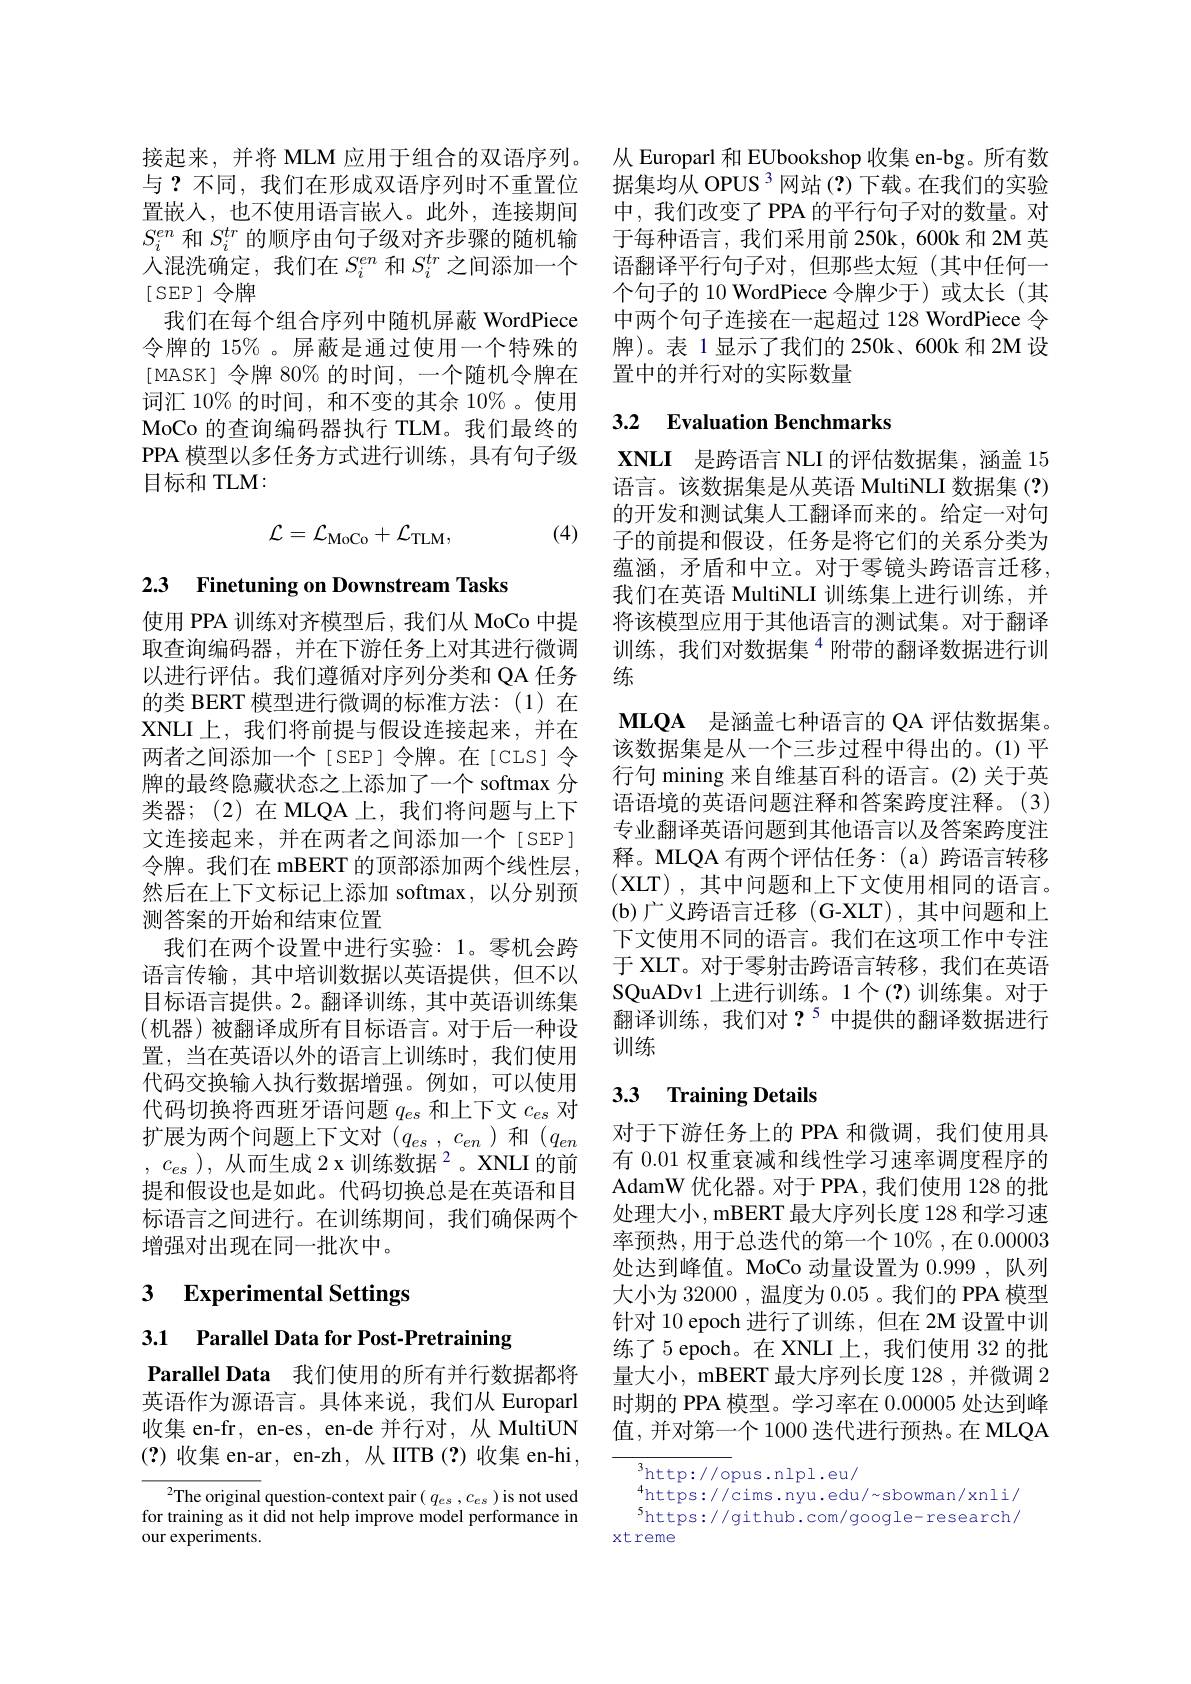
$S_{i}^{en}$和$S_i^{tr}$的顺序由句子级对齐步骤的随机输人混洗确定，我们在$S_i^{en}$和$S_i^{tr}$之间添加一个[ SEP ] 令牌
我们在每个组合序列中随机屏蔽 WordPiece 令牌的 15% 。屏蔽是通过使用一个特殊的[MASK] 令牌 80% 的时间，一个随机令牌在词汇 10% 的时间，和不变的其余 10% 。使用MoCo 的查询编码器执行 TLM。我们最终的PPA 模型以多任务方式进行训练，具有句子级目标和 TLM:
$$\mathcal{L}=\mathcal{L}_{\mathrm{MoCo}}+\mathcal{L}_{\mathrm{TLM}},$$
(4)

2.3 Finetuning on Downstream Tasks

使用 PPA 训练对齐模型后，我们从 MoCo 中提取查询编码器，并在下游任务上对其进行微调以进行评估。我们遵循对序列分类和 QA 任务的类 BERT 模型进行微调的标准方法：(1)在XNLI上，我们将前提与假设连接起来，并在两者之间添加一个[SEP]令牌。在[CLS]令牌的最终隐藏状态之上添加了一个 softmax 分类器；(2)在 MLQA上，我们将问题与上下文连接起来，并在两者之间添加一个[SEP] 令牌。我们在 mBERT 的顶部添加两个线性层， 然后在上下文标记上添加 softmax,以分别预测答案的开始和结束位置
我们在两个设置中进行实验：1。零机会跨语言传输，其中培训数据以英语提供，但不以目标语言提供。2。翻译训练，其中英语训练集(机器)被翻译成所有目标语言。对于后一种设置，当在英语以外的语言上训练时，我们使用代码交换输入执行数据增强。例如，可以使用代码切换将西班牙语问题$q_es$和上下文$c_es$对扩展为两个问题上下文对($q_{es}$ , $c_{en}$)和($q_{en}$ , $c_{es}$ ), $\text{从 而 生 成 2 x 训 练 数 据 }^{2}$。XNLI 的前提和假设也是如此。代码切换总是在英语和目标语言之间进行。在训练期间，我们确保两个增强对出现在同一批次中。

3 Experimental Settings

3.1 Parallel Data for Post-Pretraining

Parallel Data 我们使用的所有并行数据都将英语作为源语言。具体来说，我们从 Europarl 收集 en-fr, en-es, en-de 并行对，从 MultiUN (?)收集 en-ar, en-zh, 从 IITB (?)收集 en-hi,

${}^{2}$The original question-context pair( $q_es,c_es)$ is not used for training as it did not help improve model performance in our experiments.

接起来，并将 MLM 应用于组合的双语序列。从 Europarl 和 EUbookshop 收集 en-bg。所有数与？不同，我们在形成双语序列时不重置位 据集均从 OPUS 3 网站(?)下载。在我们的实验置嵌人，也不使用语言嵌人。此外，连接期间 中，我们改变了PPA 的平行句子对的数量。对
于每种语言，我们采用前 250k, 600k 和 2M 英语翻译平行句子对，但那些太短(其中任何一个句子的 10 WordPiece 令牌少于)或太长(其中两个句子连接在一起超过 128 WordPiece 令牌)。表 1显示了我们的 250k、600k 和 2M 设置中的并行对的实际数量

## 3.2 Evaluation Benchmarks

$\textbf{XNLI 是 跨 语 言 NLI 的 评 估 数 据 集 , 涵 盖 }15$ 语言。该数据集是从英语 MultiNLI 数据集 (?) 的开发和测试集人工翻译而来的。给定一对句子的前提和假设，任务是将它们的关系分类为蕴涵，矛盾和中立。对于零镜头跨语言迁移， 我们在英语 MultiNLI 训练集上进行训练，并将该模型应用于其他语言的测试集。对于翻译训练，我们对数据集$^{4}$附带的翻译数据进行训练

$\textbf{MLQA 是 涵 盖 七 种 语 言 的 QA 评 估 数 据 集 。}$ 该数据集是从一个三步过程中得出的。(1)平行句 mining 来自维基百科的语言。(2) 关于英语语境的英语问题注释和答案跨度注释。(3) 专业翻译英语问题到其他语言以及答案跨度注释。MLQA 有两个评估任务：(a)跨语言转移(XLT),其中问题和上下文使用相同的语言。(b)广义跨语言迁移 (G-XLT),其中问题和上下文使用不同的语言。我们在这项工作中专注于 XLT。对于零射击跨语言转移，我们在英语SQuADv1 上进行训练。1个(?)训练集。对于翻译训练，我们对？$^5$中提供的翻译数据进行训练

## 3.3 Training Details

对于下游任务上的 PPA 和微调，我们使用具有 0.01 权重衰减和线性学习速率调度程序的AdamW 优化器。对于 PPA, 我们使用 128 的批处理大小，mBERT 最大序列长度 128 和学习速率预热，用于总迭代的第一个 10% ,在 0.00003处达到峰值。MoCo 动量设置为 0.999 , 队列大小为 32000 , 温度为0.05 。我们的 PPA 模型针对 10 epoch 进行了训练，但在 2M 设置中训练了5 epoch。在 XNLI 上，我们使用 32 的批量大小，mBERT 最大序列长度 128 , 并微调 2时期的 PPA 模型。学习率在0.00005处达到峰值，并对第一个 1000 迭代进行预热。在 MLQA

$^{3}$http://opus.nlpl.eu/
$^{4}$https://cims.nyu.edu/~sbowman/xnli/ $^{5}$https://github.com/google-research/
xtreme